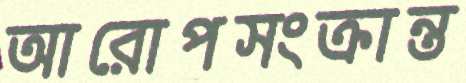
আরোপসংক্রান্ত